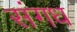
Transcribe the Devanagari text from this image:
संगध